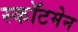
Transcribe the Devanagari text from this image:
स्कॉटमेन